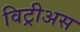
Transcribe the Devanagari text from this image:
विट्रीअस